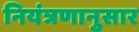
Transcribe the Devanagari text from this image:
नियंत्रणानुसार